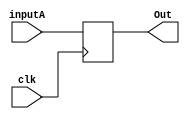
	//DFF for ERROR state
module DFF(clk, inputA, Out); 
  input clk;
  input inputA;
  output Out;
  reg Out;
  always @(posedge clk) begin
    Out = inputA;
  end
endmodule